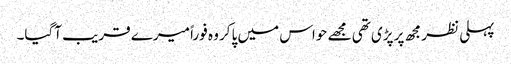
پہلی نظر مجھ پر پڑی تھی مجھے حواس میں پاکر وہ فوراً میرے قریب آگیا۔